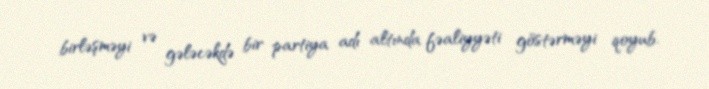
birləşməyi və gələcəkdə bir partiya adı altında fəaliyyəti göstərməyi qoyub.